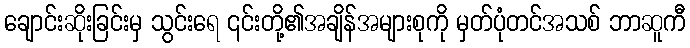
ချောင်းဆိုးခြင်းမှ သွင်းရေ ၎င်းတို့၏အချိန်အများစုကို မှတ်ပုံတင်အသစ် ဘာဆူကီ